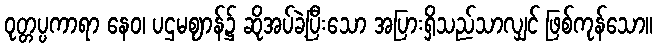
ဝုတ္တပ္ပကာရာ နေဝ၊ ပဌမဈာန်၌ ဆိုအပ်ခဲ့ပြီးသော အပြားရှိသည်သာလျှင် ဖြစ်ကုန်သော။